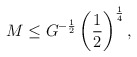
\begin{align*}M\leq G^{-{1\over2}} \left({1\over2}\right)^{1\over4},\end{align*}